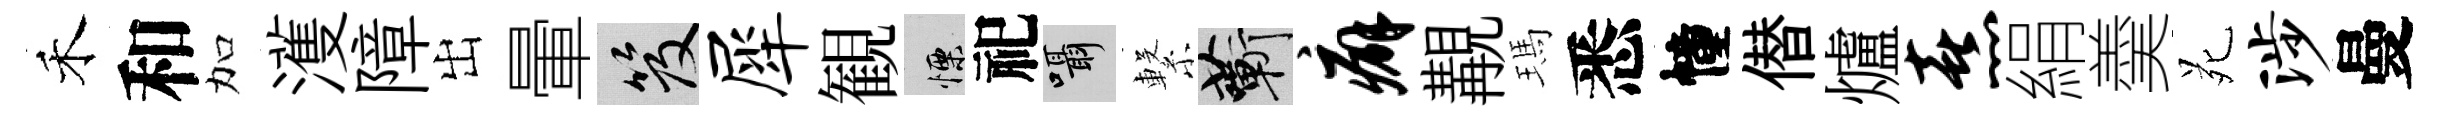
禾和加濩障出暈笈犀観慄祀囁繋蔪癖覯瑪悉幢僣爐熹絹羮苑涉曼